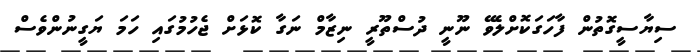
ސިޔާސީގޮތުން ފާހަގަކޮށްލެވޭ ނޫނީ ދުސްތޫރީ ނިޒާމް ނަގާ ކޮޅަށް ޖެހުމުގައި ހަމަ ޔަގީނުންވެސް